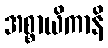
အစ္စာယိကာနိ